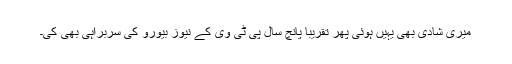
میری شادی بھی یہیں ہوئی پھر تقریباً پانچ سال پی ٹی وی کے نیوز بیورو کی سربراہی بھی کی۔